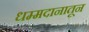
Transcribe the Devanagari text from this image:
धम्मदानातून